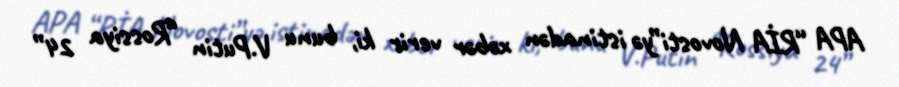
APA “RİA Novosti”yə istinadən xəbər verir ki, bunu V.Putin “Rossiya 24”